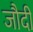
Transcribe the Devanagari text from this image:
जौदी